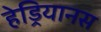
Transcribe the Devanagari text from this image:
हेड्रियानस